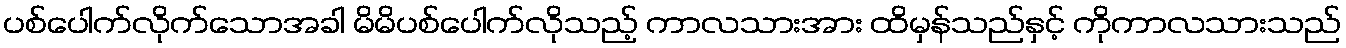
ပစ်ပေါက်လိုက်သောအခါ မိမိပစ်ပေါက်လိုသည့် ကာလသားအား ထိမှန်သည်နှင့် ကိုကာလသားသည်